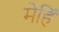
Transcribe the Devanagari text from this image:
मेहिं